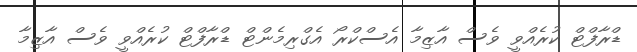
ޑްރާފްޓް ކުރެއްވީ ވެސް އާޒިމާ އެސްކްރޯ އެގްރިމެންޓް ޑްރާފްޓް ކުރެއްވީ ވެސް އާޒިމާ